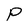
Character: P